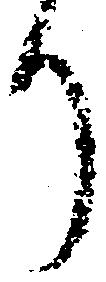
り